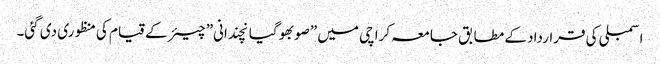
اسمبلی کی قرارداد کے مطابق جامعہ کراچی میں ”صوبھوگیانچندانی” چیئر کے قیام کی منظوری دی گئی۔